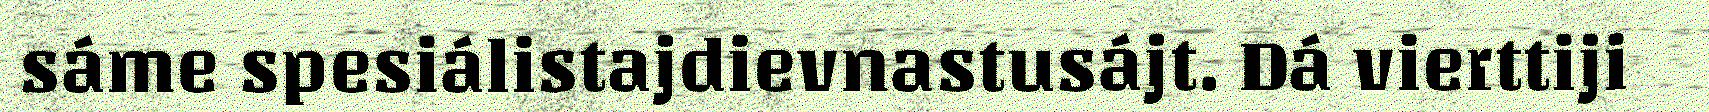
sáme spesiálistajdievnastusájt. Dá vierttiji